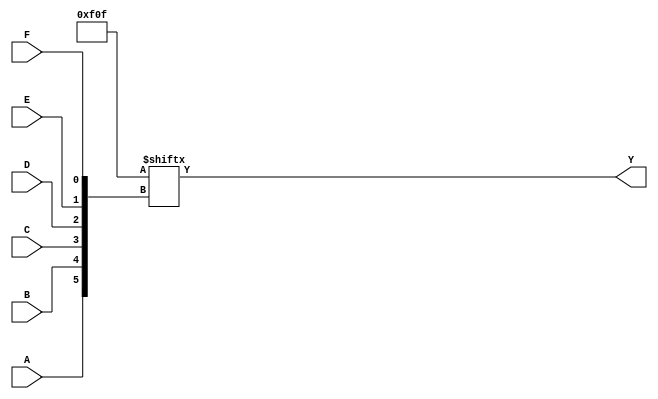
module six_variable_kmap (
    input wire A,
    input wire B,
    input wire C,
    input wire D,
    input wire E,
    input wire F,
    output wire Y
);

    // The K-map is represented as a 64-bit vector
    // Each bit corresponds to a minterm for the combination of A, B, C, D, E, F
    // The K-map is populated with '1's for the minterms where the function evaluates to true.
    // Example population: Replace the values with your specific truth table values.
    reg [63:0] kmap = 64'b0000000000000000_0000000000000000_0000000000000000_0000000000000000; // Initialize with zeros

    // Example population for demonstration (replace with actual minterm values)
    initial begin
        // Set minterms to 1 based on your specific function
        // For example, if minterms 0, 1, 2, 3, 8, 9, 10, 11 are true:
        kmap[0]  = 1'b1; // m0
        kmap[1]  = 1'b1; // m1
        kmap[2]  = 1'b1; // m2
        kmap[3]  = 1'b1; // m3
        kmap[8]  = 1'b1; // m8
        kmap[9]  = 1'b1; // m9
        kmap[10] = 1'b1; // m10
        kmap[11] = 1'b1; // m11
        // Add more minterms as needed
    end

    // Calculate the index for the K-map based on the inputs
    wire [5:0] index = {A, B, C, D, E, F}; // Concatenate inputs to form the index

    // Output the value from the K-map based on the computed index
    assign Y = kmap[index];

endmodule